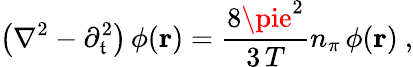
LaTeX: \left(\nabla^{2}-\partial_{\mathfrak{t}}^{2}\right)\, \phi({\mathbf{r}})=\frac{{8\pie^{2}}}{{3\, T}}n_{\pi}\, \phi({\mathbf{r}})\ ,